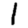
Digit: 1